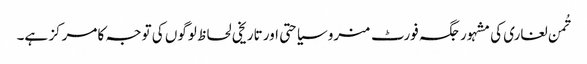
تُمن لغاری کی مشہور جگہ فورٹ منرو سیاحتی اور تاریخی لحاظ لوگوں کی توجہ کا مرکز ہے۔